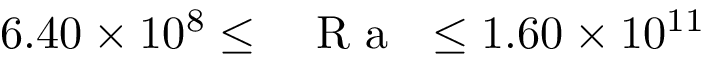
6 . 4 0 \times 1 0 ^ { 8 } \leq \mathrm { ~ \textit ~ { ~ R ~ a ~ } ~ } \leq 1 . 6 0 \times 1 0 ^ { 1 1 }